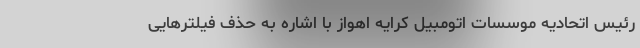
رئیس اتحادیه موسسات اتومبیل کرایه اهواز با اشاره به حذف فیلترهایی